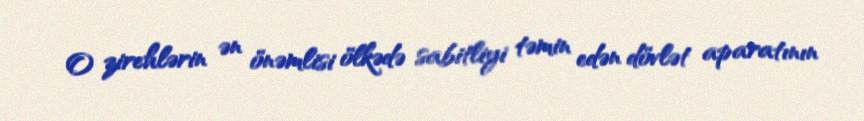
O zirehlərin ən önəmlisi ölkədə sabitliyi təmin edən dövlət aparatının